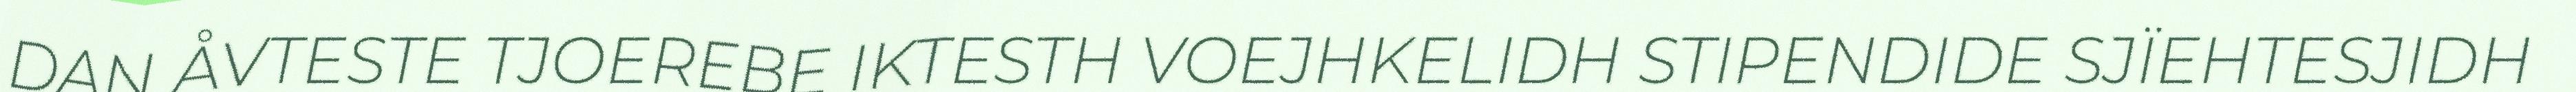
DAN ÅVTESTE TJOEREBE IKTESTH VOEJHKELIDH STIPENDIDE SJÏEHTESJIDH